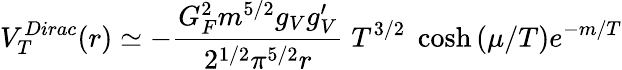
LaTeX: V_{T}^{Dirac}(r)\simeq-{\frac{G_{F}^{2}m^{5/2}g_{V}g_{V}^{\prime}}{2^{1/2}\pi^{5/2}r}}\; T^{3/2}\; \cosh{(\mu/T)}e^{-m/T}